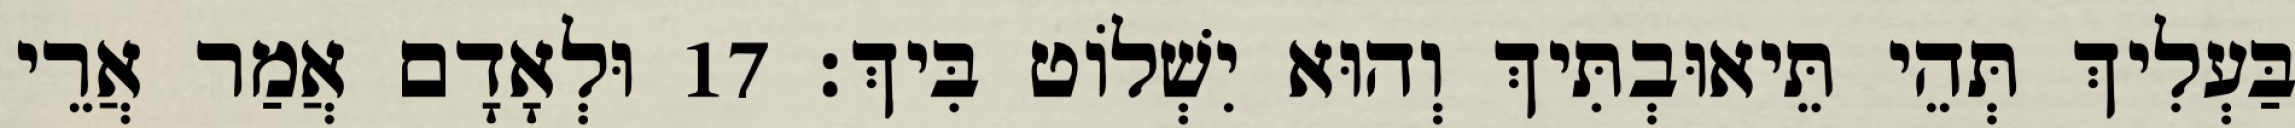
בַּעְלִיךְ תְּהֵי תֵּיאוּבְתִּיךְ וְהוּא יִשְׁלוֹט בִּיךְ׃ 17 וּלְאָדָם אֲמַר אֲרֵי